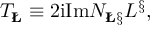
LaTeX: T _ { { \bf \L } } \equiv 2 \mathrm { i } \mathrm { I m } { \cal N } _ { { \bf \L } { \bf \S } } L ^ { { \bf \S } } ,